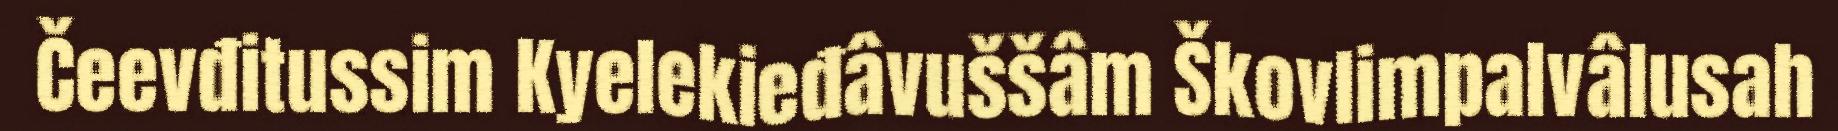
Čeevđitussim Kyelekieđâvuššâm Škovlimpalvâlusah